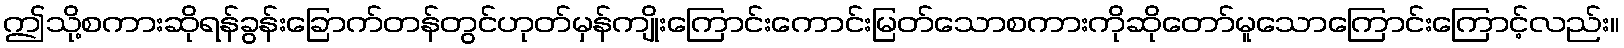
ဤသို့စကားဆိုရန်ခွန်းခြောက်တန်တွင်ဟုတ်မှန်ကျိုးကြောင်းကောင်းမြတ်သောစကားကိုဆိုတော်မူသောကြောင်းကြောင့်လည်း။